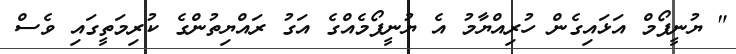
" ޔުނީފޯމް އަޅައިގެން ހުރިއްޔާމު އެ ޔުނީފޯމެއްގެ އަގު ރައްޔިތުންގެ ކުރިމަތީގައި ވެސް